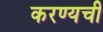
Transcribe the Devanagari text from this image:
करण्यची